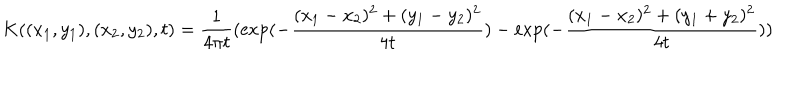
K ( ( x _ { 1 } , y _ { 1 } ) , ( x _ { 2 } , y _ { 2 } ) , t ) = { \frac { 1 } { 4 \pi t } } ( \exp ( - { \frac { ( x _ { 1 } - x _ { 2 } ) ^ { 2 } + ( y _ { 1 } - y _ { 2 } ) ^ { 2 } } { 4 t } } ) - \exp ( - { \frac { ( x _ { 1 } - x _ { 2 } ) ^ { 2 } + ( y _ { 1 } + y _ { 2 } ) ^ { 2 } } { 4 t } } ) )